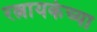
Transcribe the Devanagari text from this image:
रत्नायकेच्या